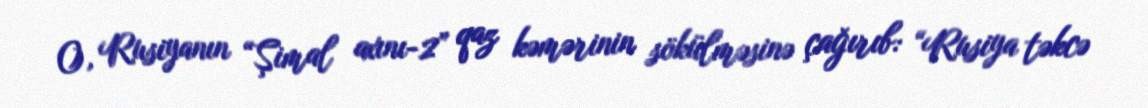
O, Rusiyanın “Şimal axını-2” qaz kəmərinin sökülməsinə çağırıb: “Rusiya təkcə